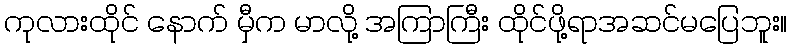
ကုလားထိုင် နောက် မှီက မာလို့ အကြာကြီး ထိုင်ဖို့ရာအဆင်မပြေဘူး။